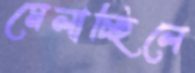
মেলাচ্ছিলে